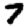
Digit: 7